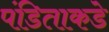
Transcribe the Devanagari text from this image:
पंडिताकडे